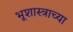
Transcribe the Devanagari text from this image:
भूशास्त्राच्या